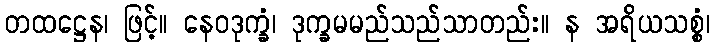
တထဋ္ဌေန၊ ဖြင့်။ နေဝဒုက္ခံ၊ ဒုက္ခမမည်သည်သာတည်း။ န အရိယသစ္စံ၊